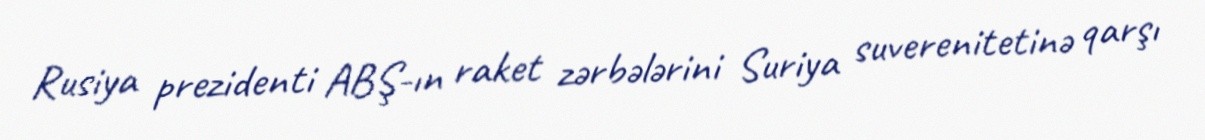
Rusiya prezidenti ABŞ-ın raket zərbələrini Suriya suverenitetinə qarşı